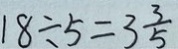
1 8 \div 5 = 3 \frac { 3 } { 5 }